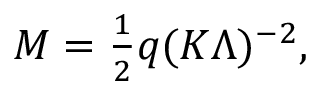
M = { \textstyle \frac { 1 } { 2 } } q ( K { \mit \Lambda } ) ^ { - 2 } ,